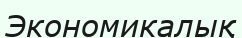
Экономикалық